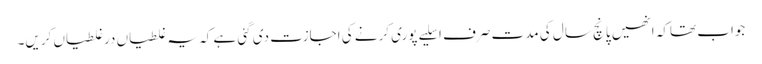
جواب تھاکہ انھیں پانچ سال کی مدت صرف اسلیے پوری کرنے کی اجازت دی گئی ہے کہ یہ غلطیاں درغلطیاں کریں۔